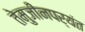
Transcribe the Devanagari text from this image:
तेमुजीनपर्यंत